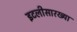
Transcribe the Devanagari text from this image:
इटलीसारख्या